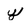
Character: y